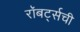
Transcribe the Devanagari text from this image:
रॉबर्ट्सची